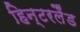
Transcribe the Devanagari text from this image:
हिन्टरलैंड